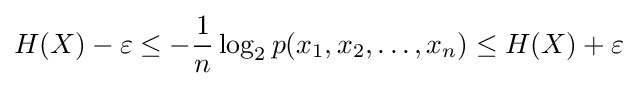
H(X)-\varepsilon \leq -{\frac {1}{n}}\log _{2}p(x_{1},x_{2},\ldots ,x_{n})\leq H(X)+\varepsilon